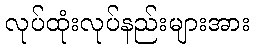
လုပ်ထုံးလုပ်နည်းများအား